system: You are a helpful assistant.
user:
Analyze the provided spectrum to determine if it is a **M-type Giant (gM)**.

A M-type Giant spectrum is defined by its **strong molecular absorption** features, particularly from **Titanium Oxide (TiO)**. You must check for one of the following mutually exclusive signatures:

- **Key Visual Indicators (Absorption-Dominated Spectrum):**

    - **(Primary):** The spectrum is dominated by strong molecular absorption from **Titanium Oxide (TiO)**. This is the **defining feature** of its M-type temperature class.
        - **(Key Bandheads):** Look for sharp, "saw-tooth" absorption valleys. The strongest are located near **~7050 Å**, **~6160 Å**, and **~5170 Å**.
        - **(Line Profile):** The "saw-tooth" morphology is critical: a **sharp, steep drop on the BLUE (short-wavelength) side** of the bandhead, followed by a gradual recovery (rising flux) towards the RED (long-wavelength) side.

    - **(Key Confirmation - Giant vs. Dwarf):** **ABSENCE** of strong **Calcium Hydride (CaH)** molecular bands. This is the primary diagnostic for *excluding* M-dwarfs.
        - **(Key Region):** The spectrum should lack the strong, broad absorption band seen in dwarfs between **~6800 Å and ~7000 Å**.

    - **(Secondary Confirmation - Giant):** A very strong and broad **Neutral Calcium (Ca I)** atomic absorption line.
        - **(Key Line):** Located at **~4226 Å**. In a giant (gM), this line is significantly deeper and broader than the same line in an M-dwarf (dM) due to low surface gravity.

    - **(Overall Spectrum):**
        - The continuum is **extremely red-sloping** (i.e., flux is very low in the blue and rises dramatically towards the red).
        - The entire spectrum appears "chopped up" by the deep TiO bands.

Think first, call **spectral_visualization_tool** if needed to examine features in detail, then provide your final answer. Your response must adhere to the following strict rules:
1.  **Overall Structure:** Your response must follow the format `<think>...</think> <tool_call>...</tool_call> (if a tool is used) <answer>...</answer>`.
2.  **Tool Usage Constraint:** You may only make **one** tool call per turn.
3.  **Final Answer Format:** In the `<answer>` tag, your conclusion must be inside a `\boxed{}` command (e.g., `\boxed{YES}` or `\boxed{NO}`), followed by your justification.

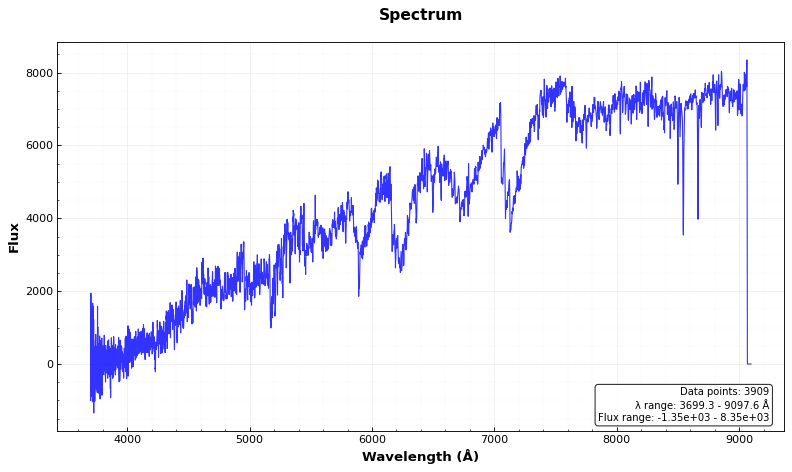
Answer: YES